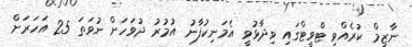
ނާޒިމް ކުރެއްވި ޓްވީޓްގައި ވިދާޅުވީ އެމަނިކުފާނު އުމުރު ދުވަހަށް ނުވަތަ 25 އަހަރަށް